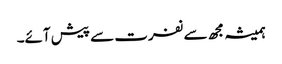
ہمیشہ مجھ سے نفرت سے پیش آئے۔